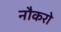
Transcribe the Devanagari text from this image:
नौकरो